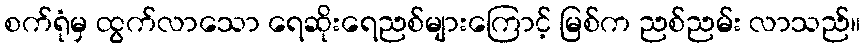
စက်ရုံမှ ထွက်လာသော ရေဆိုးရေညစ်များကြောင့် မြစ်က ညစ်ညမ်း လာသည်။